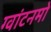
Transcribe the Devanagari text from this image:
ग्वांटनमो